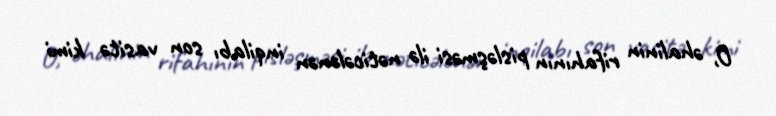
O, əhalinin rifahının pisləşməsi ilə nəticələnən inqilabı son vasitə kimi